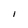
Character: I